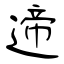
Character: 遆